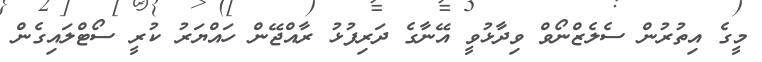
މީގެ އިތުރުން ސެލެޒްނޯވް ވިދާޅުވީ އޭނާގެ ދަރިފުޅު ރާއްޖޭން ހައްޔަރު ކުރީ ސޯޓްލައިގެން